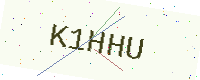
Text: K1HHU